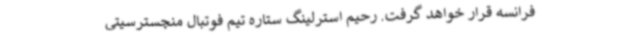
فرانسه قرار خواهد گرفت. رحیم استرلینگ ستاره تیم فوتبال منچسترسیتی